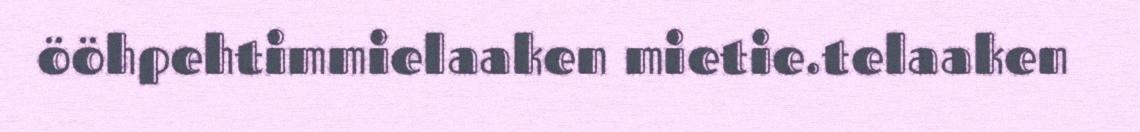
ööhpehtimmielaaken mietie.telaaken